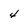
Character: 4